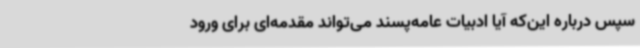
سپس درباره این‌که آیا ادبیات عامه‌پسند می‌تواند مقدمه‌ای برای ورود